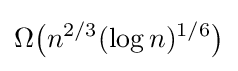
\Omega {\bigl (}n^{2/3}(\log n)^{1/6}{\bigr )}